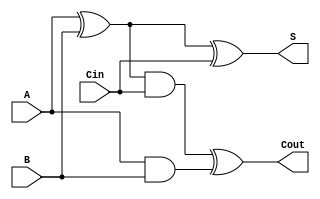
module fullAdder (S,Cout,A,B,Cin);
  input A,B,Cin;
  output S,Cout;
  wire s1,c1,c2;

  xor G1 (s1,A,B),
      G2 (S,s1,Cin),
      G3 (Cout,c2,c1);
  and G4 (c1,A,B),
      G5 (c2,s1,Cin);
endmodule

module testbench;
	reg A,B,Cin;
	wire S,Cout;
	integer i;
	fullAdder DUT (S,Cout,A,B,Cin);

	initial begin
		$dumpfile ("waveform.vcd");
		$dumpvars (0,testbench);
		for (i=0;i<8;i=i+1) begin
			{A,B,Cin} = i;
			#5 $display ("Time=%2d A=%b B=%b Cin=%b S=%b Cout=%b",$time,A,B,Cin,S,Cout);
		end
		#5 $finish;
	end
endmodule